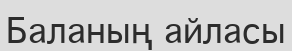
Баланың айласы